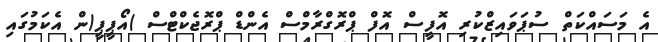
އެ މަސައްކަތް ސުޕަވައިޒްކުރި އޮފީސް އޮފް ޕްރޮގްރާމްސް އެންޑް ޕްރޮޖެކްޓްސް )އޯޕީޕީ(ން އެކަމުގައި